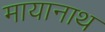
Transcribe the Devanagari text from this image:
मायानाथ